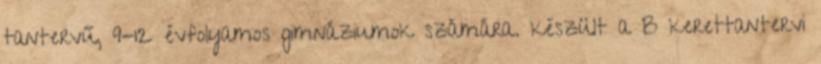
tantervű, 9-12 évfolyamos gimnáziumok számára. készült a B kerettantervi